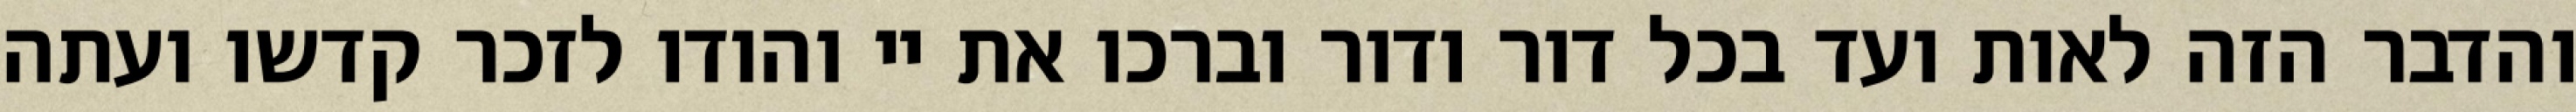
והדבר הזה לאות ועד בכל דור ודור וברכו את יי והודו לזכר קדשו ועתה